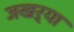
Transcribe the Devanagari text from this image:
जखऱ्या